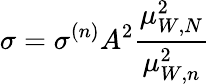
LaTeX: \sigma=\sigma^{(n)}A^{2}\frac{\mu_{W,N}^{2}}{\mu_{W,n}^{2}}